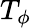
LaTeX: T_{\phi}